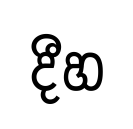
දීහ